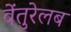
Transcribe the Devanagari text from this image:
वेंतुरेलब